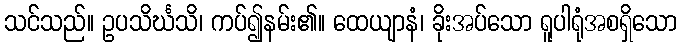
သင်သည်။ ဥပသိင်္ဃသိ၊ ကပ်၍နမ်း၏။ ထေယျာနံ၊ ခိုးအပ်သော ရူပါရုံအစရှိသော